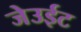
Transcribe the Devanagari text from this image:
जेउईट